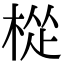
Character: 𪲧